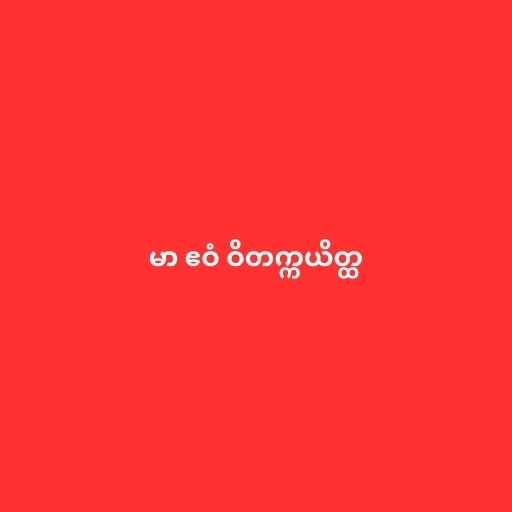
မာ ဧဝံ ဝိတက္ကယိတ္ထ